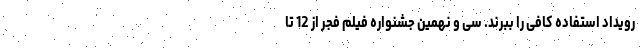
رویداد استفاده کافی را ببرند. سی و نهمین جشنواره فیلم فجر از 12 تا